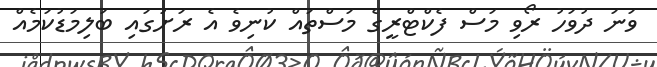
ވަނަ ދުވަހު ރޯވި މަސް ފެކްޓްރީގެ މަސްތައް ކުނިވެ އެ ރަށުގައި ބަލިމަޑުކަމެއް